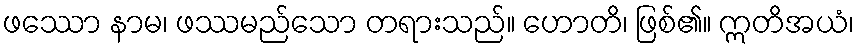
ဖဿော နာမ၊ ဖဿမည်သော တရားသည်။ ဟောတိ၊ ဖြစ်၏။ ဣတိအယံ၊